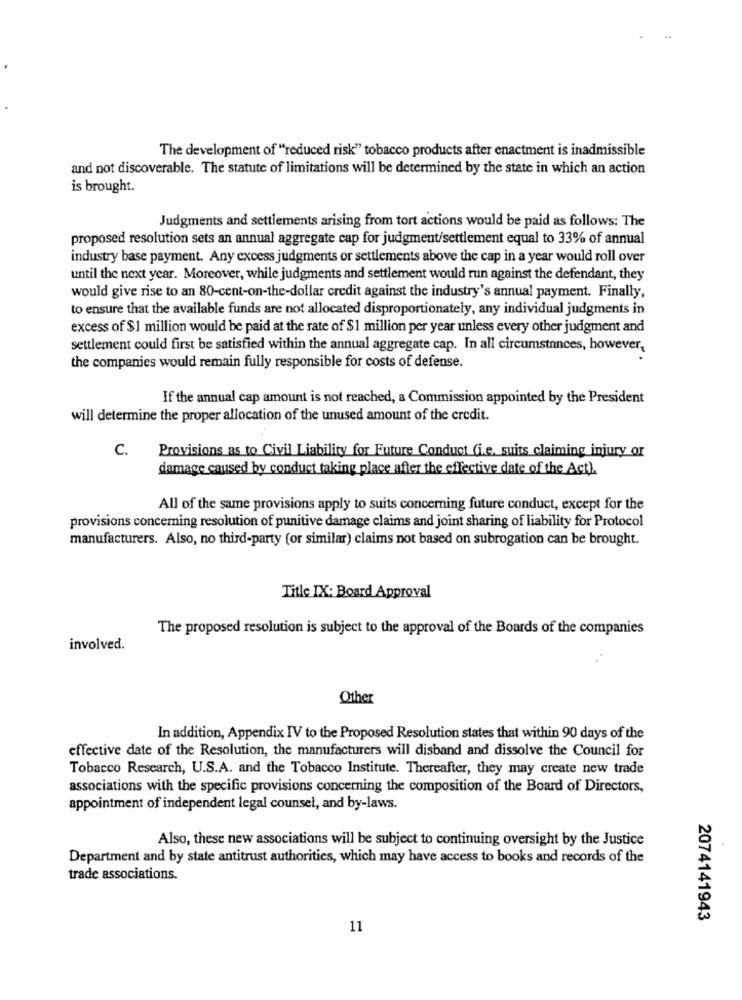
The development of "reduced risk" tobacco products after enactment is inadmissible
and not discoverable. The statute of limitations will be determined by the state in which an action
is brought.
Judgments and settlements arising from tort actions would be paid as follows: The
proposed resolution sets an annual aggregate cap for judgment/settlement equal to 33% of annual
industry base payment. Any excess judgments or settlements above the cap in a year would roll over
until the next year. Moreover, while judgments and settlement would run against the defendant, they
would give rise to an 80-cent-on-the-dollar credit against the industry's annual payment. Finally,
to ensure that the available funds are not allocated disproportionately, any individual judgments in
excess of $1 million would be paid at the rate of $1 million per year unless every other judgment and
settlement could first be satisfied within the annual aggregate cap. In all circumstances, however,
the companies would remain fully responsible for costs of defense.
If the annual cap amount is not reached, a Commission appointed by the President
will determine the proper allocation of the unused amount of the credit.
C. Provisions as to Civil Liability for Future Conduct (i.e. suits claiming injury or
damage caused by conduct taking place after the effective date of the Act).
All of the same provisions apply to suits concerning future conduct, except for the
provisions concerning resolution of punitive damage claims and joint sharing of liability for Protocol
manufacturers. Also, no third-party (or similar) claims not based on subrogation can be brought.
Title IX: Board Approval
The proposed resolution is subject to the approval of the Boards of the companies
involved.
Other
In addition, Appendix IV to the Proposed Resolution states that within 90 days of the
effective date of the Resolution, the manufacturers will disband and dissolve the Council for
Tobacco Research, U.S.A. and the Tobacco Institute. Thereafter, they may create new trade
associations with the specific provisions concerning the composition of the Board of Directors,
appointment of independent legal counsel, and by-laws.
Also, these new associations will be subject to continuing oversight by the Justice
Department and by state antitrust authorities, which may have access to books and records of the
trade associations.
2074141943
11